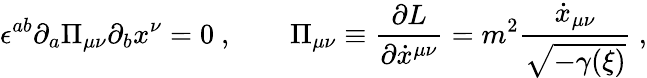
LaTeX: \epsilon^{ab}\partial_{a}\Pi_{\mu\nu}\partial_{b}x^{\nu}=0\ ,\qquad\Pi_{\mu\nu}\equiv{\frac{\partial L}{\partial\dot{x}^{\mu\nu}}}=m^{2}{\frac{\dot{x}_{\mu\nu}}{\sqrt{-\gamma({\xi})}}}\ ,